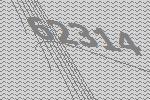
62314